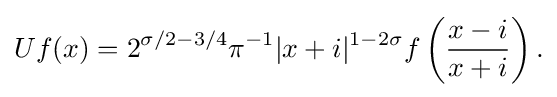
\displaystyle {Uf(x)=2^{\sigma /2-3/4}\pi ^{-1}|x+i|^{1-2\sigma }f\left({x-i \over x+i}\right).}